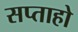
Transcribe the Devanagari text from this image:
सप्ताहो